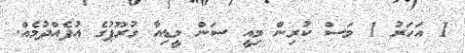
1 އަހަރު 1 މަސް ކުރިން މިއީ ސަން މީޑިއާ ގުރޫޕުގެ އުފެއްދުމެއް.